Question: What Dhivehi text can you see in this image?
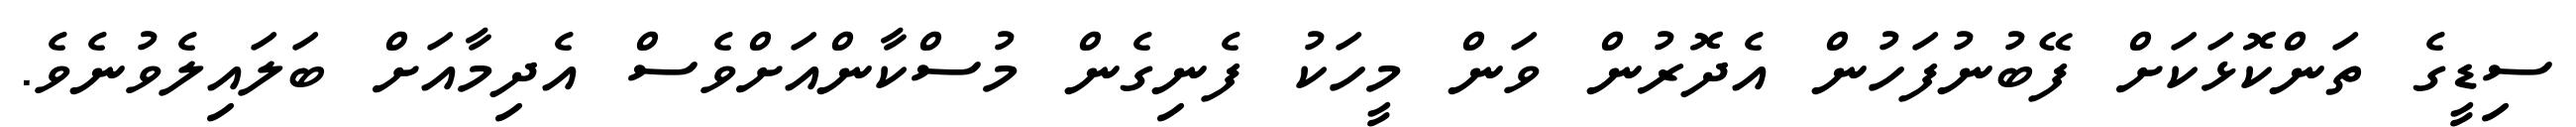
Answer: ސިޑީގެ ތަންކޮޅަކަށް ފޭބުނުފަހުން އެދޮރުން ވަން މީހަކު ފެނިގެން މުސްކާންއަށްވެސް އެދިމާއަށް ބަލައިލެވުނެވެ.